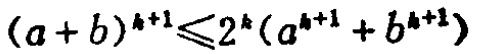
\((a + b)^{k + 1}\leq 2^{k}(a^{k + 1}+b^{k + 1})\)